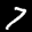
Label: 7